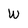
Character: W